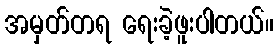
အမှတ်တရ ရေးခဲ့ဖူးပါတယ်။